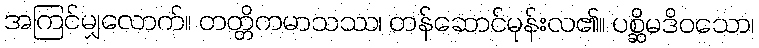
အကြင်မျှလောက်။ တတ္တိကမာသဿ၊ တန်ဆောင်မုန်းလ၏။ ပစ္ဆိမဒိဝသော၊